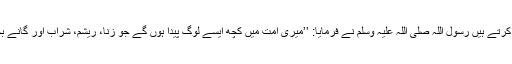
ابو مالک اشعری رضی اللہ عنہ بیان کرتے ہیں رسول اللہ صلی اللہ علیہ وسلم نے فرمایا: ’’میری امت میں کچھ ایسے لوگ پیدا ہوں گے جو زنا، ریشم، شراب اور گانے بجانے کے آلات کو جائز کر لیں گے۔